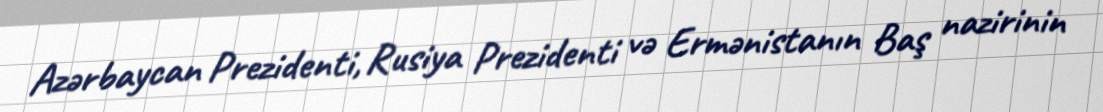
Azərbaycan Prezidenti, Rusiya Prezidenti və Ermənistanın Baş nazirinin